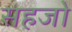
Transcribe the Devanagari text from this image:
सहजो